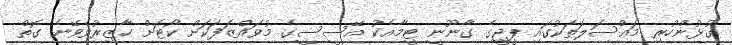
ގުޅުންހުރި މައްސަލަތަކުގައި ޕީޖީގެ ގާނޫނީ ޓީމާއެކު އޭސީސީގެ މުވައްޒަފަކަށް ކޯޓަށް ހާޒިރުވެވޭނެ ގޮތް